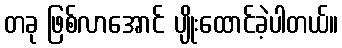
တခု ဖြစ်လာအောင် ပျိုးထောင်ခဲ့ပါတယ်။